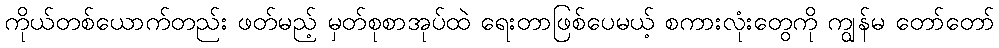
ကိုယ်တစ်ယောက်တည်း ဖတ်မည့် မှတ်စုစာအုပ်ထဲ ရေးတာဖြစ်ပေမယ့် စကားလုံးတွေကို ကျွန်မ တော်တော်